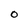
Character: o